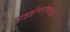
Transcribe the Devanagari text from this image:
हाइड्रोपरोक्साइड